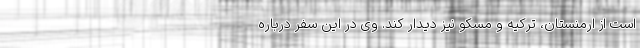
است از ارمنستان، ترکیه و مسکو نیز دیدار کند. وی در این سفر درباره